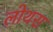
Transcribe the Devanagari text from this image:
लोथरा